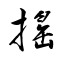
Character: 搖